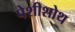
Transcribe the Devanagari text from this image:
पेशीशोथ